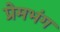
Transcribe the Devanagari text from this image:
प्रेमभंग